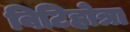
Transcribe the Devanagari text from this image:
बिटिहोत्रा